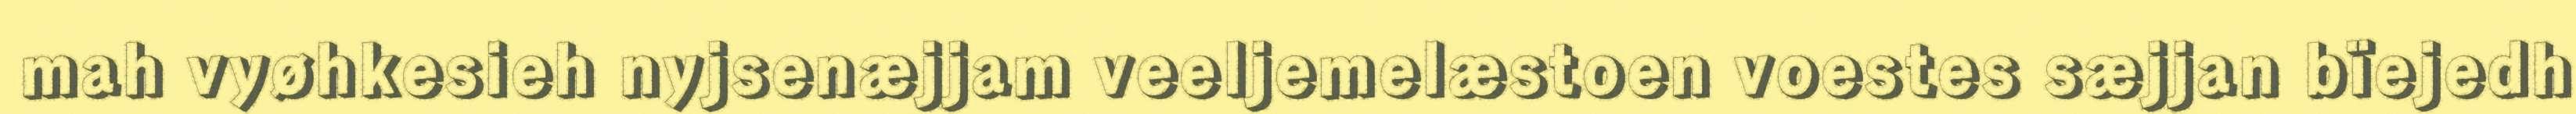
mah vyøhkesieh nyjsenæjjam veeljemelæstoen voestes sæjjan bïejedh